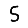
Digit: 5